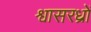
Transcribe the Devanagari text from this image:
श्वासरध्राें